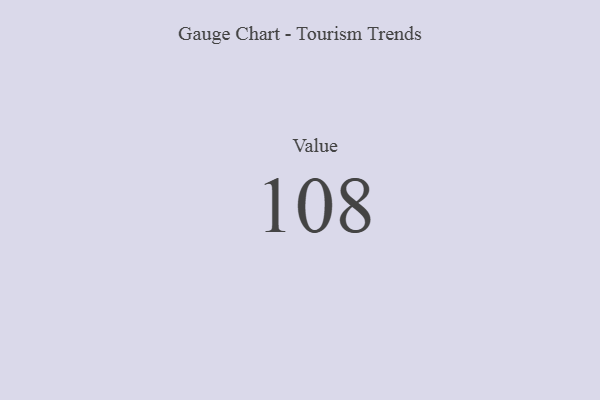
{"axis": {"x": "Metric", "y": "Value"}, "legend": [""], "data": [{"x": "Value", "y": 108, "type": ""}]}